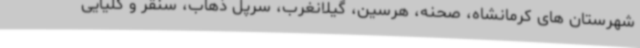
شهرستان های کرمانشاه، صحنه، هرسین، گیلانغرب، سرپل ذهاب، سنقر و کلیایی